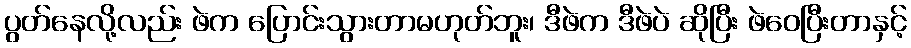
ပွတ်နေလို့လည်း ဖဲက ပြောင်းသွားတာမဟုတ်ဘူး၊ ဒီဖဲက ဒီဖဲပဲ ဆိုပြီး ဖဲဝေပြီးတာနှင့်